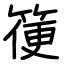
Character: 箯